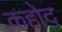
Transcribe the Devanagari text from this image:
कहोद